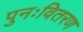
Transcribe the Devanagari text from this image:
पुनःवितरण